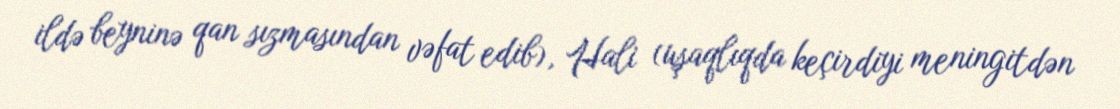
ildə beyninə qan sızmasından vəfat edib), Hali (uşaqlıqda keçirdiyi meningitdən